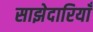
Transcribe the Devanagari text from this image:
साझेदारियाँ